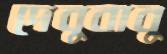
দেবুবাবু